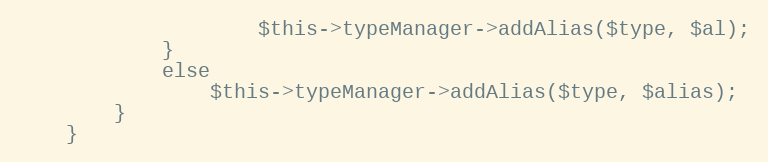
Language: PHP
					$this->typeManager->addAlias($type, $al);
			}
			else
				$this->typeManager->addAlias($type, $alias);
		}
	}